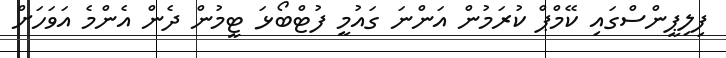
ފިލިޕީންސްގައި ކޭމްޕް ކުރަމުން އަންނަ ގައުމީ ފުޓްބޯޅަ ޓީމުން ދެން އެންމެ އަވަހަށް